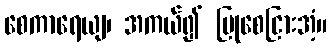
စေကာရေယျ၊ အကယ်၍ ပြုစေငြားအံ့။